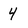
Character: 4